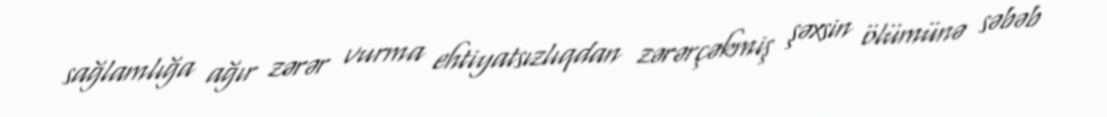
sağlamlığa ağır zərər vurma ehtiyatsızlıqdan zərərçəkmiş şəxsin ölümünə səbəb